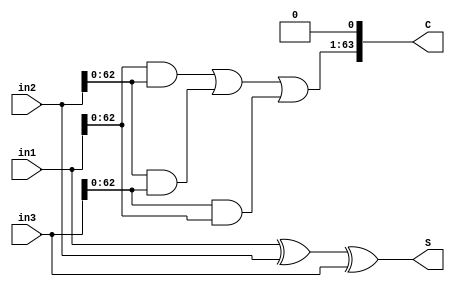
module adder (
    output wire [63:0] C,
    output wire [63:0] S,
    input  wire [63:0] in1,
    input  wire [63:0] in2,
    input  wire [63:0] in3
);
assign S = in1^in2^in3;
assign C = {(in1 & in2 | in2 & in3 | in3 & in1), 1'b0};
endmodule

module mul (
    input  wire         clk,
    input  wire         resetn,
    input  wire         mul_en,
    input  wire         mul_signed,
    input  wire [31:0]  A,
    input  wire [31:0]  B,
    output wire [63:0]  result,
    output wire         complete
);
//  booth  wallace 
wire [63:0] A_add;
wire [63:0] A_sub;
wire [63:0] A2_add;
wire [63:0] A2_sub;
wire [33:0] sel_0;
wire [33:0] sel_x;
wire [33:0] sel_2x;
wire [33:0] sel_mx;     // m --- minus
wire [33:0] sel_m2x;
wire [16:0] sel_0_val;
wire [16:0] sel_x_val;
wire [16:0] sel_2x_val;
wire [16:0] sel_mx_val;
wire [16:0] sel_m2x_val;

wire [33:0] B_m;    // 
wire [33:0] B_h;    //  33 
wire [33:0] B_l;    //  33 

wire [63:0] PP[16:0];

reg         counter;
always @(posedge clk) begin
    if (~resetn) begin
        counter <= 1'b0;
    end else if (mul_en & ~counter) begin
        counter <= 1'b1;
    end else begin
        counter <= 1'b0;
    end
end
assign complete = mul_en & counter;

assign B_m = {{2{B[31] & mul_signed}}, B};
assign B_h = {1'b0, B_m[33:1]};
assign B_l = {B_m[32:0], 1'b0};

assign sel_0        = (~B_h & ~B_m & ~B_l) | ( B_h &  B_m &  B_l);  // 000, 111
assign sel_x        = (~B_h & ~B_m &  B_l) | (~B_h &  B_m & ~B_l);  // 001, 010
assign sel_2x       = (~B_h &  B_m &  B_l);                         // 011
assign sel_mx       = ( B_h & ~B_m &  B_l) | ( B_h &  B_m & ~B_l);  // 101, 110
assign sel_m2x      = ( B_h & ~B_m & ~B_l);                         // 100
assign A_add        = {{32{A[31] & mul_signed}}, A};
assign A_sub        = ~A_add + 1'b1;
assign A2_add       = {A_add, 1'b0};
assign A2_sub       = ~A2_add + 1'b1;

assign sel_0_val    = { sel_0[32], sel_0[30], sel_0[28], sel_0[26], sel_0[24],
                        sel_0[22], sel_0[20], sel_0[18], sel_0[16],
                        sel_0[14], sel_0[12], sel_0[10], sel_0[ 8],
                        sel_0[ 6], sel_0[ 4], sel_0[ 2], sel_0[ 0]};
assign sel_x_val    = { sel_x[32], sel_x[30], sel_x[28], sel_x[26], sel_x[24],
                        sel_x[22], sel_x[20], sel_x[18], sel_x[16],
                        sel_x[14], sel_x[12], sel_x[10], sel_x[ 8],
                        sel_x[ 6], sel_x[ 4], sel_x[ 2], sel_x[ 0]};
assign sel_mx_val   = { sel_mx[32], sel_mx[30], sel_mx[28], sel_mx[26], sel_mx[24],
                        sel_mx[22], sel_mx[20], sel_mx[18], sel_mx[16],
                        sel_mx[14], sel_mx[12], sel_mx[10], sel_mx[ 8],
                        sel_mx[ 6], sel_mx[ 4], sel_mx[ 2], sel_mx[ 0]};     
assign sel_2x_val   = { sel_2x[32], sel_2x[30], sel_2x[28], sel_2x[26], sel_2x[24],
                        sel_2x[22], sel_2x[20], sel_2x[18], sel_2x[16],
                        sel_2x[14], sel_2x[12], sel_2x[10], sel_2x[ 8],
                        sel_2x[ 6], sel_2x[ 4], sel_2x[ 2], sel_2x[ 0]};        
assign sel_m2x_val  = { sel_m2x[32], sel_m2x[30], sel_m2x[28], sel_m2x[26], sel_m2x[24],
                        sel_m2x[22], sel_m2x[20], sel_m2x[18], sel_m2x[16],
                        sel_m2x[14], sel_m2x[12], sel_m2x[10], sel_m2x[ 8],
                        sel_m2x[ 6], sel_m2x[ 4], sel_m2x[ 2], sel_m2x[ 0]};

assign {PP[16], PP[15], PP[14], PP[13], PP[12],
        PP[11], PP[10], PP[ 9], PP[ 8],
        PP[ 7], PP[ 6], PP[ 5], PP[ 4],
        PP[ 3], PP[ 2], PP[ 1], PP[ 0]} 
        =  {{64{sel_x_val[16]}},    {64{sel_x_val[15]}},    {64{sel_x_val[14]}},    {64{sel_x_val[13]}},    {64{sel_x_val[12]}},
            {64{sel_x_val[11]}},    {64{sel_x_val[10]}},    {64{sel_x_val[ 9]}},    {64{sel_x_val[ 8]}},
            {64{sel_x_val[ 7]}},    {64{sel_x_val[ 6]}},    {64{sel_x_val[ 5]}},    {64{sel_x_val[ 4]}},
            {64{sel_x_val[ 3]}},    {64{sel_x_val[ 2]}},    {64{sel_x_val[ 1]}},    {64{sel_x_val[ 0]}}}&   {17{A_add}} |
            {{64{sel_mx_val[16]}},   {64{sel_mx_val[15]}},   {64{sel_mx_val[14]}},   {64{sel_mx_val[13]}},   {64{sel_mx_val[12]}},
            {64{sel_mx_val[11]}},   {64{sel_mx_val[10]}},   {64{sel_mx_val[ 9]}},   {64{sel_mx_val[ 8]}},
            {64{sel_mx_val[ 7]}},   {64{sel_mx_val[ 6]}},   {64{sel_mx_val[ 5]}},   {64{sel_mx_val[ 4]}},
            {64{sel_mx_val[ 3]}},   {64{sel_mx_val[ 2]}},   {64{sel_mx_val[ 1]}},   {64{sel_mx_val[ 0]}}}&  {17{A_sub}} |
            {{64{sel_2x_val[16]}},   {64{sel_2x_val[15]}},   {64{sel_2x_val[14]}},   {64{sel_2x_val[13]}},   {64{sel_2x_val[12]}},
            {64{sel_2x_val[11]}},   {64{sel_2x_val[10]}},   {64{sel_2x_val[ 9]}},   {64{sel_2x_val[ 8]}},
            {64{sel_2x_val[ 7]}},   {64{sel_2x_val[ 6]}},   {64{sel_2x_val[ 5]}},   {64{sel_2x_val[ 4]}},
            {64{sel_2x_val[ 3]}},   {64{sel_2x_val[ 2]}},   {64{sel_2x_val[ 1]}},   {64{sel_2x_val[ 0]}}}&  {17{A2_add}} |
            {{64{sel_m2x_val[16]}},  {64{sel_m2x_val[15]}},  {64{sel_m2x_val[14]}},  {64{sel_m2x_val[13]}},  {64{sel_m2x_val[12]}},
            {64{sel_m2x_val[11]}},  {64{sel_m2x_val[10]}},  {64{sel_m2x_val[ 9]}},  {64{sel_m2x_val[ 8]}},
            {64{sel_m2x_val[ 7]}},  {64{sel_m2x_val[ 6]}},  {64{sel_m2x_val[ 5]}},  {64{sel_m2x_val[ 4]}},
            {64{sel_m2x_val[ 3]}},  {64{sel_m2x_val[ 2]}},  {64{sel_m2x_val[ 1]}},  {64{sel_m2x_val[ 0]}}}& {17{A2_sub}}; 

//--------------------------level 1--------------------------
wire [63:0] level1 [11:0];
adder adder1_1 (
    .in1({PP[ 1][61:0],2'b0}),
    .in2({PP[ 2][59:0],  4'b0}),
    .in3({PP[ 3][57:0],  6'b0}),
    .C(level1[ 1]),
    .S(level1[ 2])
);
adder adder1_2 (
    .in1({PP[ 4][55:0],  8'b0}),
    .in2({PP[ 5][53:0], 10'b0}),
    .in3({PP[ 6][51:0], 12'b0}),
    .C(level1[ 3]),
    .S(level1[ 4])
);
adder adder1_3 (
    .in1({PP[ 7][49:0], 14'b0}),
    .in2({PP[ 8][47:0], 16'b0}),
    .in3({PP[ 9][45:0], 18'b0}),
    .C(level1[ 5]),
    .S(level1[ 6])
);
adder adder1_4 (
    .in1({PP[10][43:0], 20'b0}),
    .in2({PP[11][41:0], 22'b0}),
    .in3({PP[12][39:0], 24'b0}),
    .C(level1[ 7]),
    .S(level1[ 8])
);
adder adder1_5 (
    .in1({PP[13][37:0], 26'b0}),
    .in2({PP[14][35:0], 28'b0}),
    .in3({PP[15][33:0], 30'b0}),
    .C(level1[ 9]),
    .S(level1[10])
);
assign level1[ 0] = PP[0];
assign level1[11] = {PP[16][31:0], 32'b0};


//--------------------------level 2--------------------------
wire [63:0] level2 [7:0];
adder adder2_1 (
    .in1(level1[ 0]),
    .in2(level1[ 1]),
    .in3(level1[ 2]),
    .C(level2[0]),
    .S(level2[1])
);
adder adder2_2 (
    .in1(level1[ 3]),
    .in2(level1[ 4]),
    .in3(level1[ 5]),
    .C(level2[2]),
    .S(level2[3])
);
adder adder2_3 (
    .in1(level1[ 6]),
    .in2(level1[ 7]),
    .in3(level1[ 8]),
    .C(level2[4]),
    .S(level2[5])
);
adder adder2_4 (
    .in1(level1[ 9]),
    .in2(level1[10]),
    .in3(level1[11]),
    .C(level2[6]),
    .S(level2[7])
);


//--------------------------level 3--------------------------
wire [63:0] level3 [5:0];
adder adder3_1 (
    .in1(level2[0]),
    .in2(level2[1]),
    .in3(level2[2]),
    .C(level3[0]),
    .S(level3[1])
);
adder adder3_2 (
    .in1(level2[3]),
    .in2(level2[4]),
    .in3(level2[5]),
    .C(level3[2]),
    .S(level3[3])
);
assign level3[4] = level2[6];
assign level3[5] = level2[7];


//--------------------------level 4--------------------------
wire [63:0] level4 [3:0];
adder adder4_1 (
    .in1(level3[0]),
    .in2(level3[1]),
    .in3(level3[2]),
    .C(level4[0]),
    .S(level4[1])
);
adder adder4_2 (
    .in1(level3[3]),
    .in2(level3[4]),
    .in3(level3[5]),
    .C(level4[2]),
    .S(level4[3])
);


//--------------------------level 5--------------------------
wire [63:0] level5 [2:0];
adder adder5_1 (
    .in1(level4[0]),
    .in2(level4[1]),
    .in3(level4[2]),
    .C(level5[0]),
    .S(level5[1])
);
assign level5[2] = level4[3]; 


//--------------------------level 6--------------------------
wire [63:0] level6 [1:0];
adder adder6_1 (
    .in1(level5[0]),
    .in2(level5[1]),
    .in3(level5[2]),
    .C(level6[0]),
    .S(level6[1])
);


//--------------------------level 7--------------------------
assign result = (level6[0] + level6[1]) & {64{resetn}};


endmodule